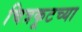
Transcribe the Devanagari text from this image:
चित्रकूटच्या